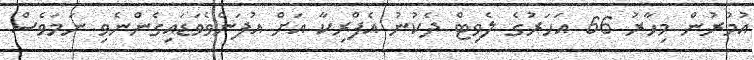
އުމުރުން މިހާރު 66 އަހަރުގެ ލެވިޓް ދެކުނު އެފްރިކާ އަށް އުފަންވެވަޑައިގެންނެވި ނަމަވެސް